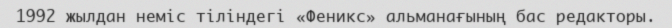
1992 жылдан неміс тіліндегі «Феникс» альманағының бас редакторы.